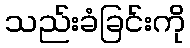
သည်းခံခြင်းကို